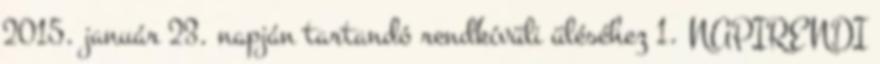
2015. január 23. napján tartandó rendkívüli üléséhez 1. NAPIRENDI